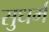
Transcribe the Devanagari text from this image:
सुधर्म